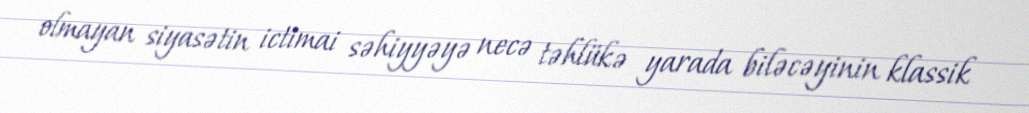
olmayan siyasətin ictimai səhiyyəyə necə təhlükə yarada biləcəyinin klassik